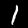
Digit: 1